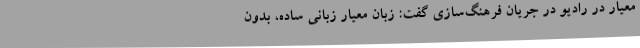
معیار در رادیو در جریان فرهنگ‌سازی گفت: زبان معیار زبانی ساده، بدون